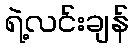
ရဲ့လင်းချန်